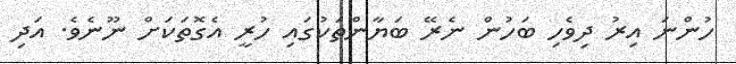
ހުންނަ އިރު ދިވެހި ބަހުން ނެރޭ ބަޔާންތަކުގައި ހުރީ އެގޮތަކަށް ނޫނެވެ. އަދި